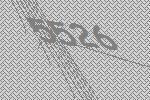
5526